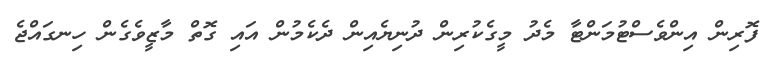
ފޮރިން އިންވެސްޓުމަންޓާ މެދު މީގެކުރިން ދުނިޔެއިން ދެކެމުން އައި ގޮތް މާޒީވެގެން ހިނގައްޖެ